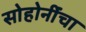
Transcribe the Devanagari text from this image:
सोहोनींंचा